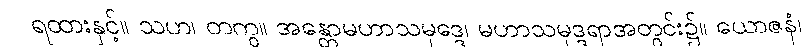
ရထားနှင့်။ သဟ၊ တကွ။ အန္တောမဟာသမုဒ္ဒေ၊ မဟာသမုဒ္ဒရာအတွင်း၌။ ယောဇနံ၊